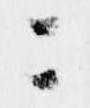
ニ